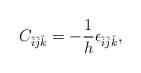
\begin{align*}C_{\hat{i} \hat{j} \hat{k} } = - \frac{1}{h} \epsilon_{\hat{i} \hat{j} \hat{k} } ,\end{align*}